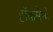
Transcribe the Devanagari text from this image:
हाॅकमेनों